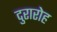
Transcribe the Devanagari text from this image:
दुरारोह